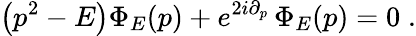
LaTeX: \left(p^{2}-E\right)\Phi_{E}(p)+e^{2i\partial_{p}}\, \Phi_{E}(p)=0\; .